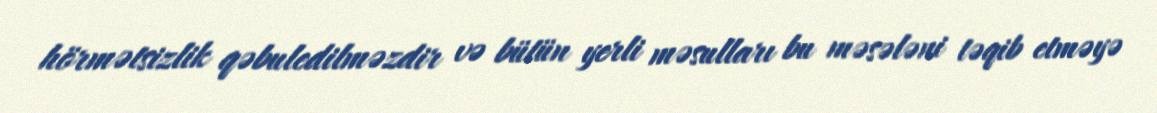
hörmətsizlik qəbuledilməzdir və bütün yerli məsulları bu məsələni təqib etməyə